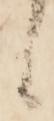
ば